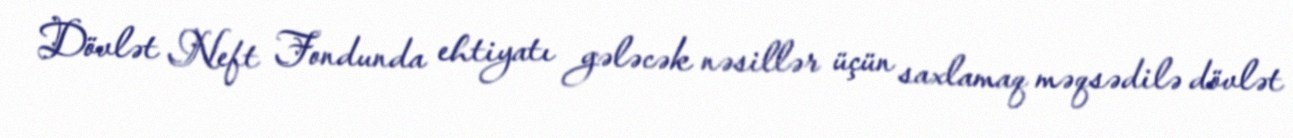
Dövlət Neft Fondunda ehtiyatı gələcək nəsillər üçün saxlamaq məqsədilə dövlət